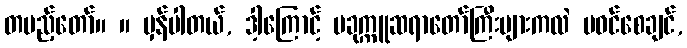
တပည့်တော်။ ။ မှန်ပါတယ်, ဒါ့ကြောင့် ပခုက္ကူဆရာတော်ကြီးများကလဲ မဝင်စေချင်,